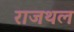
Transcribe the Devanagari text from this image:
राजथल